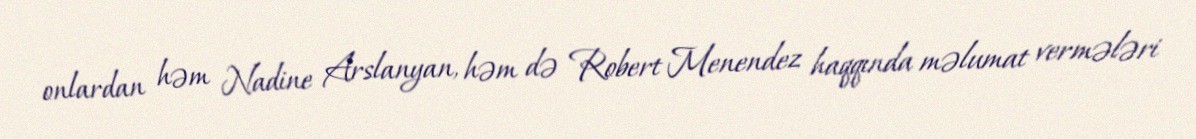
onlardan həm Nadine Arslanyan, həm də Robert Menendez haqqında məlumat vermələri